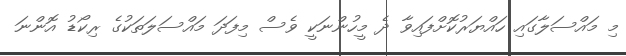
މި މައްސަލާގައި ހައްޔަރުކޮށްފައިވާ ދެ މީހުންނަކީ ވެސް މިފަދަ މައްސަލަތަކުގެ ރިކޯޑު އޮންނަ